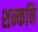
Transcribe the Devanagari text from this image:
शन्कनि